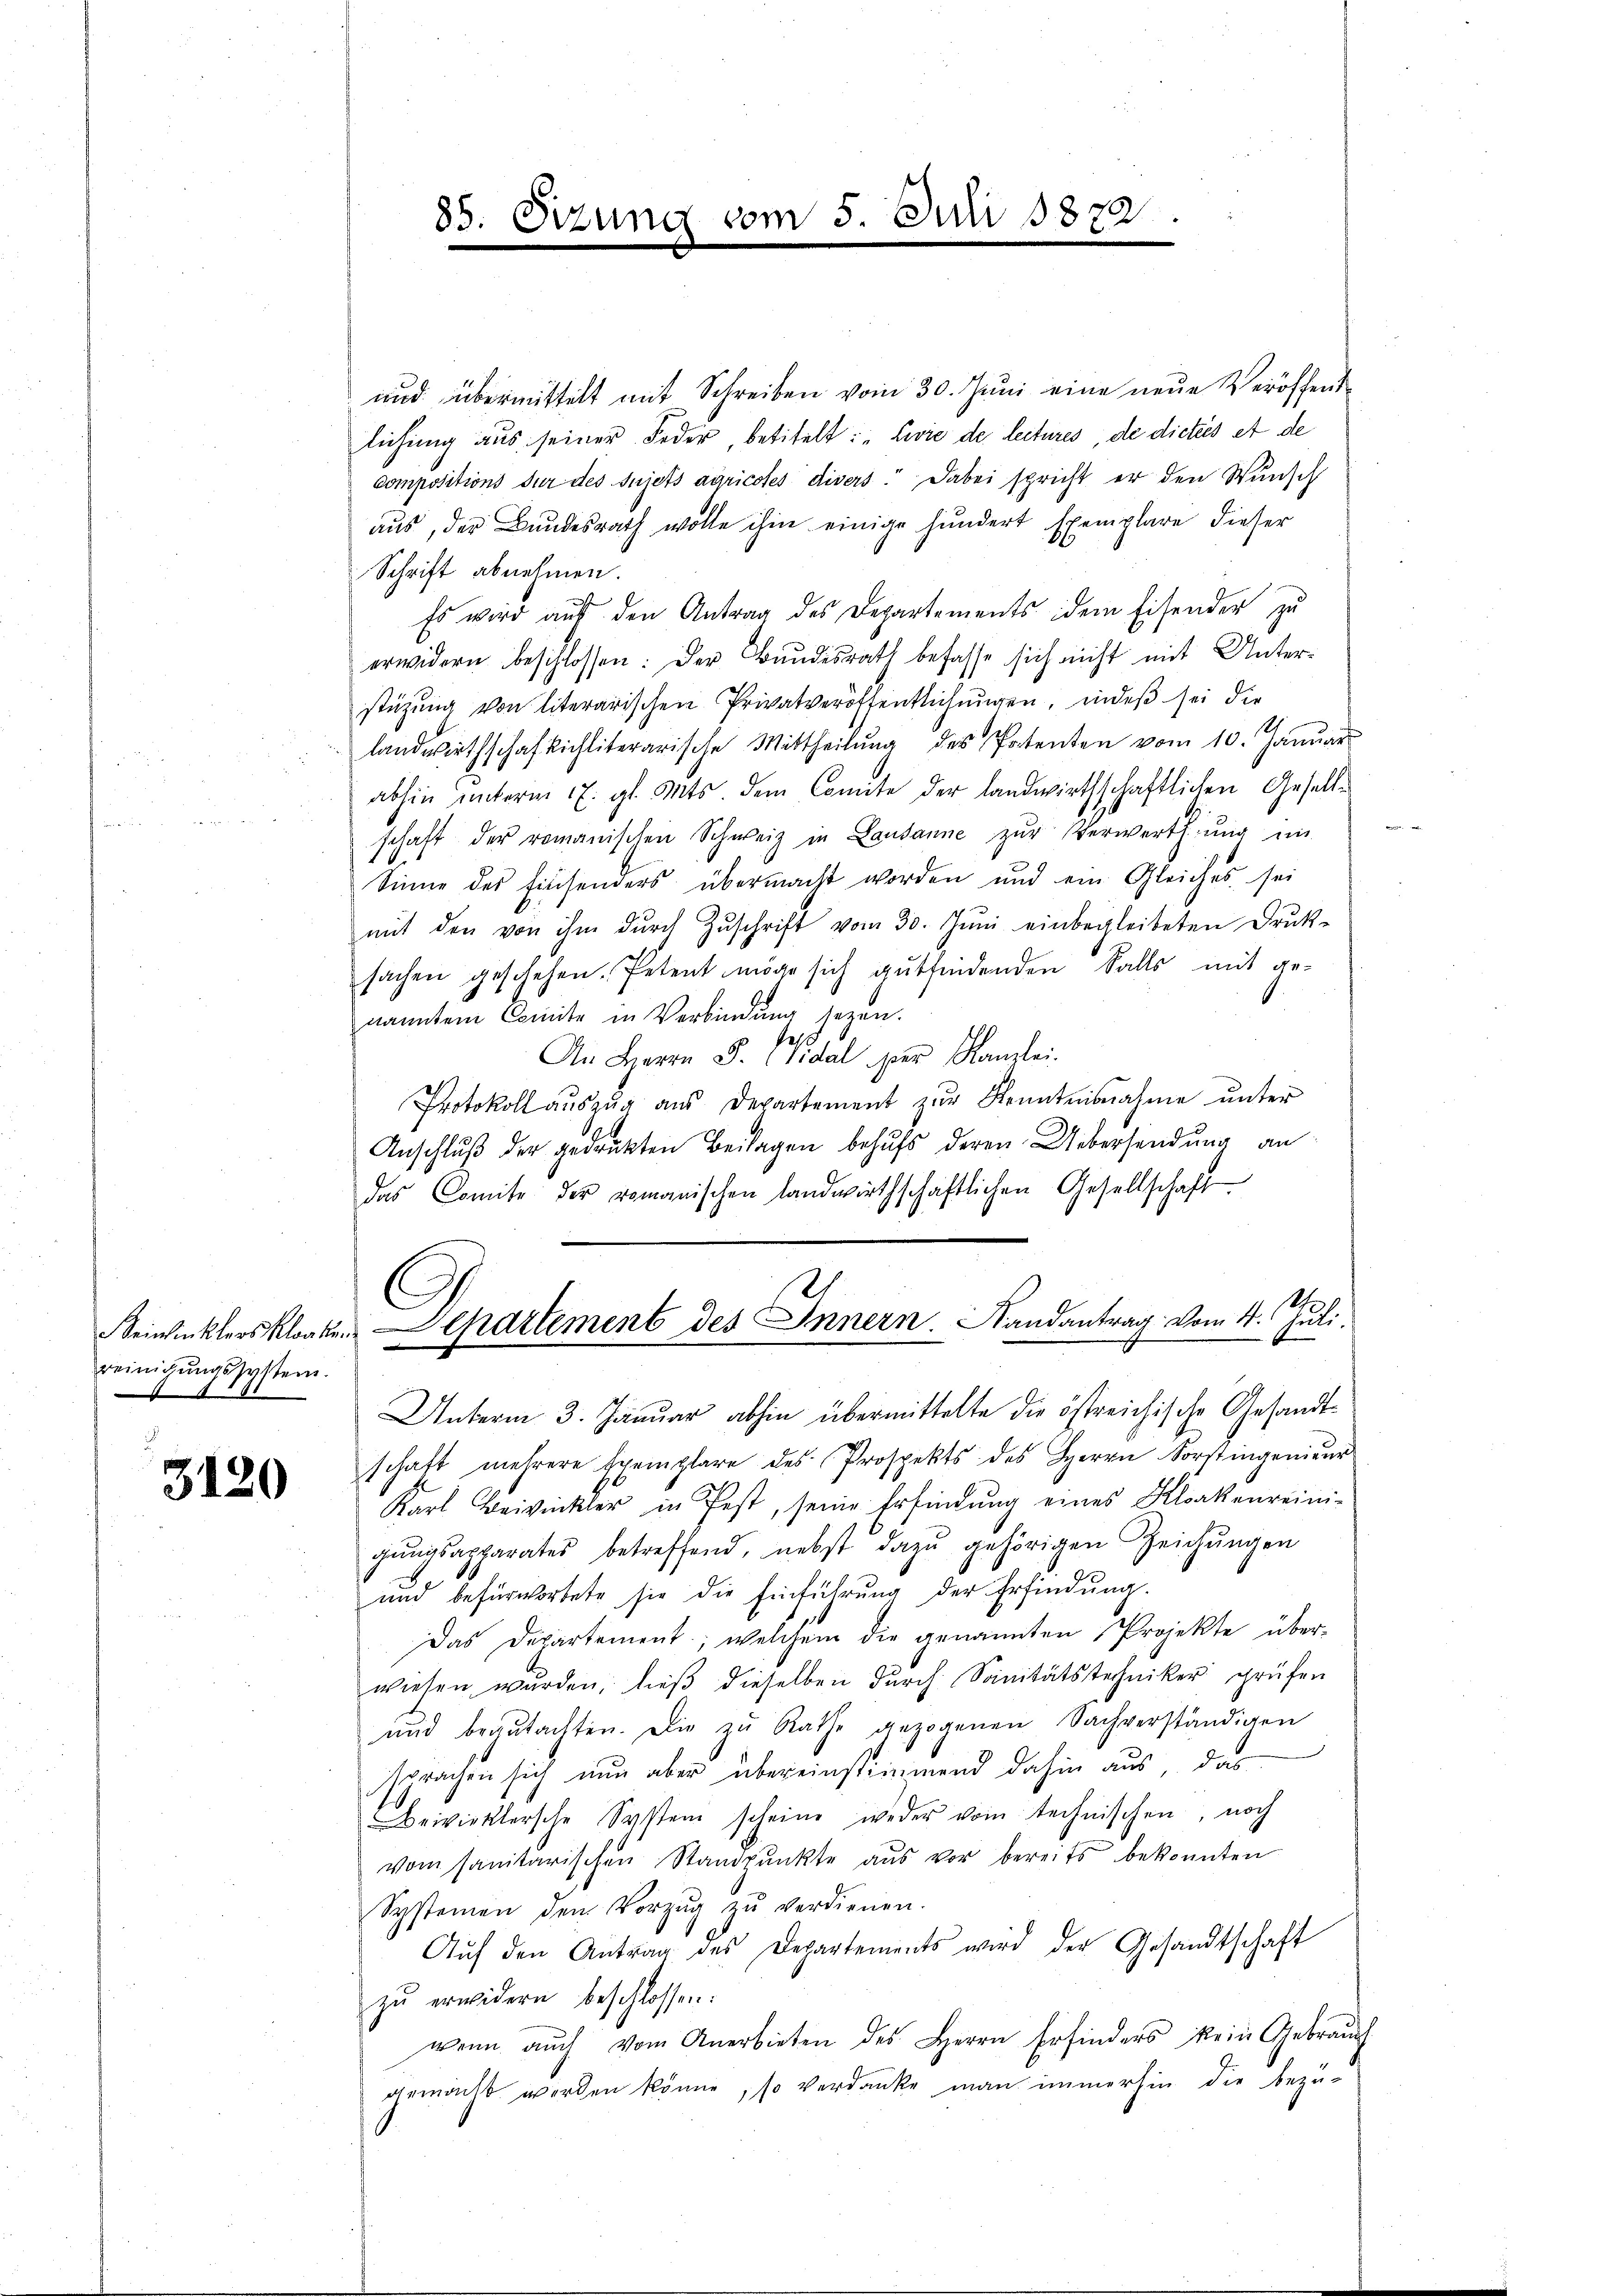
reinigŭngssystem.

i
3120

und übermittelt mit Schreiben vom 30. Jŭni eine neue Veröffentlichung aus seiner Feder, betitelt: „Zwie de lectures, de dicties et de
compositions für des Sujets aaricotes divers. Dabei spricht er den Wunsch
aus, der Bundesrath wolle ihm einige hundert Exemplare dieser
Schrift abnehmen.
Es wird auf den Antrag des Departements dem Eisender zu
erwidern beschlossen: Der Bundesrath befasse sich nicht mit Unterstützŭng von literarischen Privatveröffentlichungen, indeß sei die
landwirthschaftichliterarische Mittheilŭng des Patenten vom 10. Januar
abhin unterm 17. gl. Mts. dem Comite der landwirthschaftlichen Geselle
schaft der romanischen Schweiz in Lausanne zŭr Verwerthung im
Sinne des Einsenders übermacht worden und ein Gleiches sei
mit den von ihm dŭrch Zŭschrift vom 30. Jŭni einbegleiteten Druk-
sachen geschehen. Petent möge sich gutfindenden Falls mit ge-
nannten Comite in Verbindung setzen.
et
An Herrn J. (Sidal per Kanzlei-
Protokoll aŭszŭg aŭs Departement zŭr Kenntnisnahme unter
Anschluß der gedrukten Beilagen behufs deren Uebersendung an
das Comite der romanischen landwirthschaftlichen Gesellschaft
1
Beiwinklers klagten Departement des Innern. Randantrag vom 4. Juli.
d
e
Unterm 3. Januar abhin übermittelte die östreichische Gesandtschaft mehrere Exemplare des Prospekts des Herrn Forstingenieŭr
Karl Beivinkler in fest, seine Erfindŭng eines Kloakenreini-
gungsapparates betreffend, nebst dazu gehörigen Zeichungen
und befürwortete sie die Einführung der Erfindung.
Das Departement, welchem die genannten Projekte über-
wiesen wurden, dieβ dieselben durch Sanitätstechniker prüfen
und begutachten. Die zu Rathe gezogenen Sachverständigen
sprachen sich nun aber übereinstimmend dahin aus, das
Bewirktersche System scheine weder vom technischen, noch
vom sanitärischen Standpŭnkte aus vor bereits bekannten
Systemen den Vorzŭg zŭ verdienen.
Aŭf den Antrag des Departements wird der Gesandtschaft
zŭ erwidern beschlossen:
wenn auch vom Anerbieten des Herrn Erfinders kein Gebrauch
gemacht werden könne, so verdanke man immerhin die bezü-

85. Sizung vom 5. Juli 1879
.
m